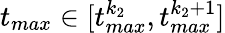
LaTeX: t_{max}\in[t_{max}^{k_{2}},t_{max}^{k_{2}+1}]